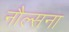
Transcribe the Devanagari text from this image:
नौल्सना